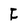
Character: F